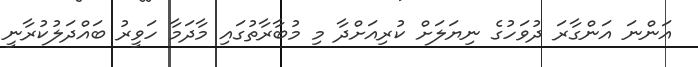
އަންނަ އަންގާރަ ދުވަހުގެ ނިޔަލަށް ކުރިއަށްދާ މި މުބާރާތުގައި މާދަމާ ހަވީރު ބައްދަލުކުރާނީ